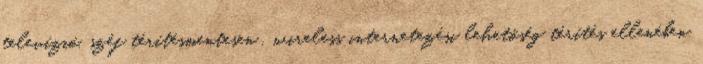
televízió, széf térítésmentesen , wireless internetezési lehetőség térítés ellenében